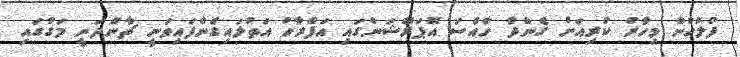
ފުލުހުން މިހާރު ކުރިއަށް ގެންދާ ހާއްސަ އޮޕަރޭޝަންގައި އަފްރާހު އަތުލައިގެންފައިވަނީ ޗާންދަނީ މަގުގައި